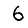
Digit: 6